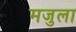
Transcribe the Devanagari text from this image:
मजुला